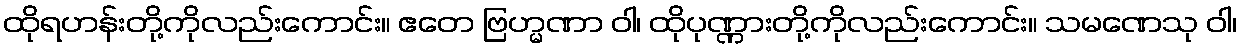
ထိုရဟန်းတို့ကိုလည်းကောင်း။ ဧတေ ဗြဟ္မဏာ ဝါ၊ ထိုပုဏ္ဏားတို့ကိုလည်းကောင်း။ သမဏေသု ဝါ၊